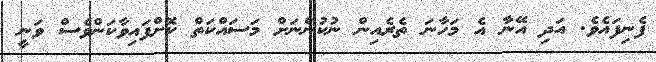
ފެނިފައެވެ. އަދި އޭނާ އެ މަހާނަ ތެރެއިން ނުކުންނަށް މަސައްކަތް ކޮށްފައިވާކަންވެސް ވަނީ